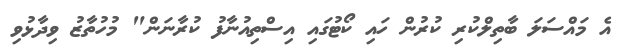
އެެ މައްސަލަ ބާތިލްކުރި ކުރުން ހައި ކޯޓުގައި އިސްތިއުނާފު ކުރާނަން" މުހުތާޒު ވިދާޅުވި